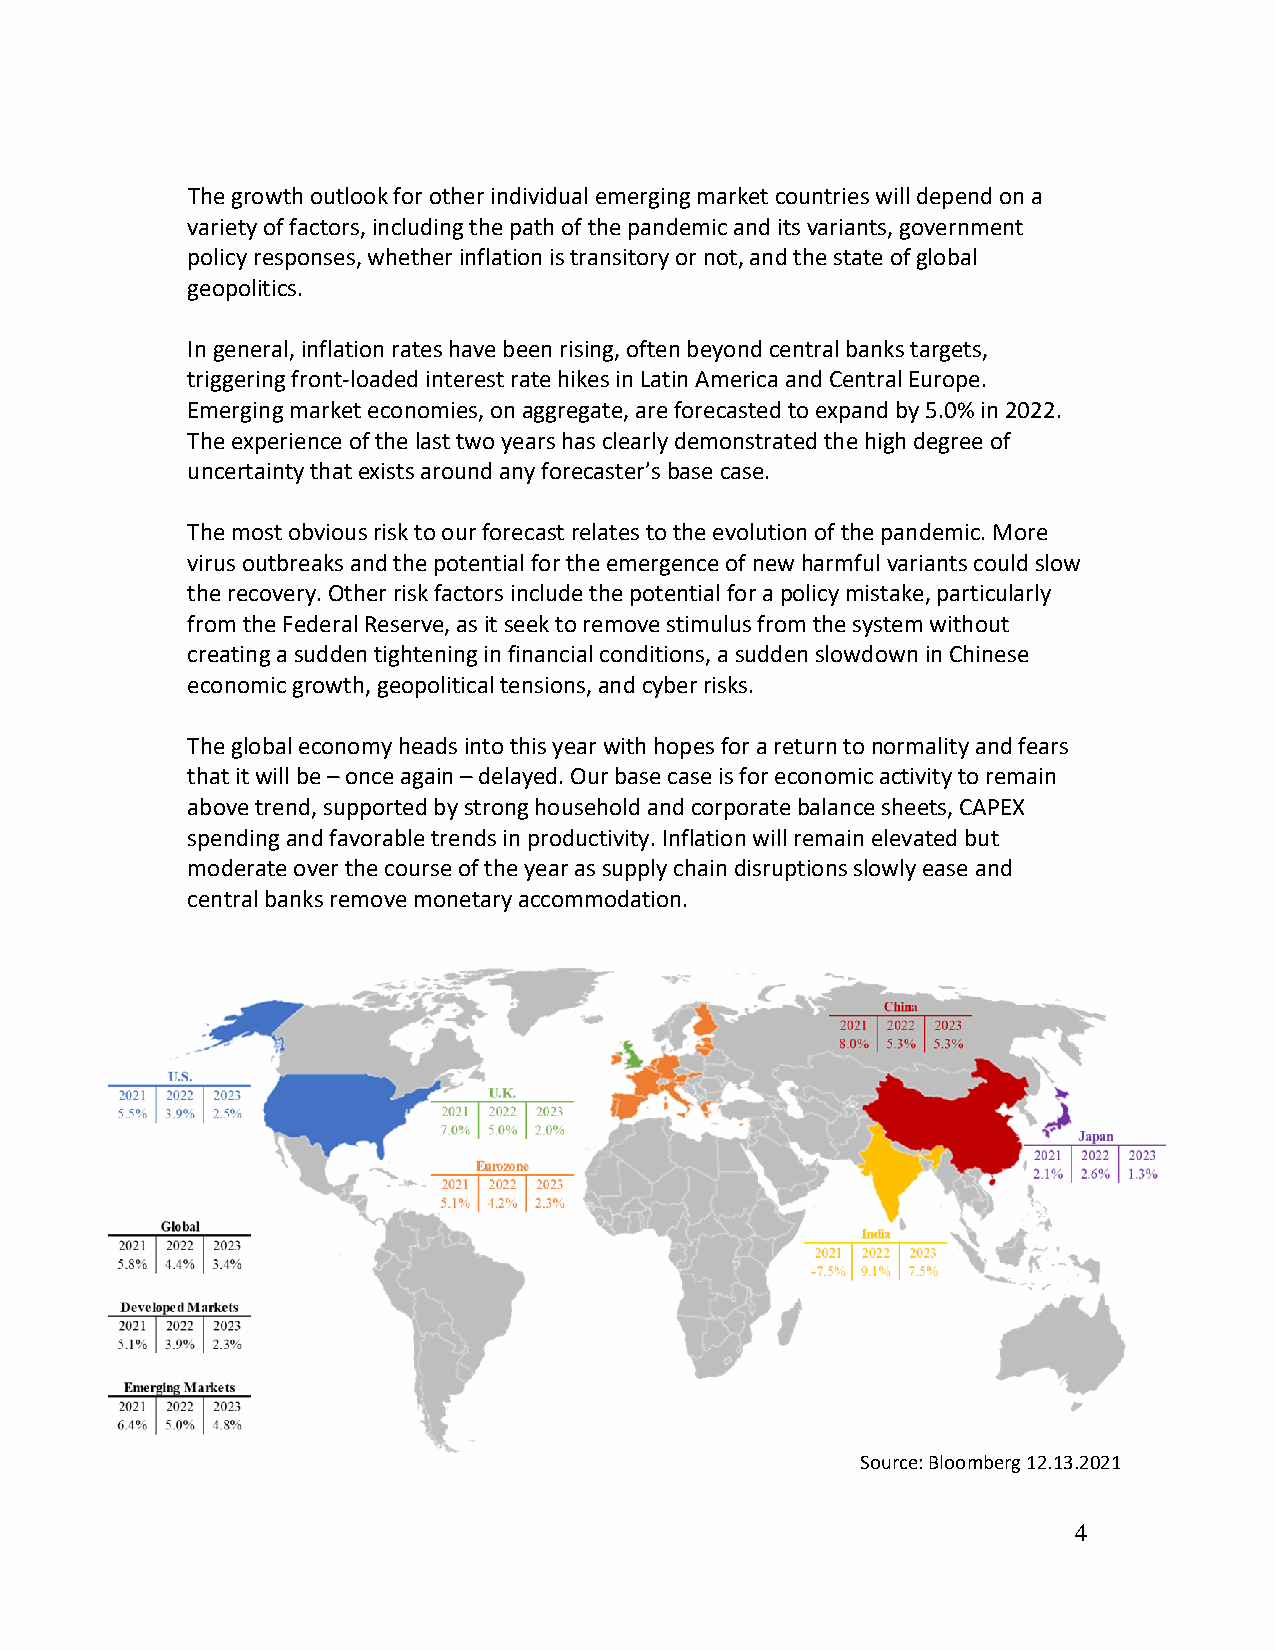
The growth outlook for other individual emerging market countries will depend on a
 variety of factors, including the path of the pandemic and its variants, government
 policy responses, whether inflation is transitory or not, and the state of global
 geopolitics.
 In general, inflation rates have been rising, often beyond central banks targets,
 triggering front-loaded interest rate hikes in Latin America and Central Europe.
 Emerging market economies, on aggregate, are forecasted to expand by 5.0% in 2022.
 The experience of the last two years has clearly demonstrated the high degree of
 uncertainty that exists around any forecaster’s base case.
 The most obvious risk to our forecast relates to the evolution of the pandemic. More
 virus outbreaks and the potential for the emergence of new harmful variants could slow
 the recovery. Other risk factors include the potential for a policy mistake, particularly
 from the Federal Reserve, as it seek to remove stimulus from the system without
 creating a sudden tightening in financial conditions, a sudden slowdown in Chinese
 economic growth, geopolitical tensions, and cyber risks.
 The global economy heads into this year with hopes for a return to normality and fears
 that it will be – once again – delayed. Our base case is for economic activity to remain
 above trend, supported by strong household and corporate balance sheets, CAPEX
 spending and favorable trends in productivity. Inflation will remain elevated but
 moderate over the course of the year as supply chain disruptions slowly ease and
 central banks remove monetary accommodation.
 Source: Bloomberg 12.13.2021
 4